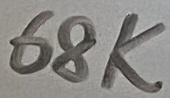
Text: 68K